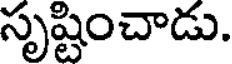
సృష్టించాడు.